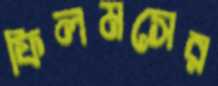
ফিলমসের